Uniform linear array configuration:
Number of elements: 16
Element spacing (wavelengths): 0.75
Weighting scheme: binomial
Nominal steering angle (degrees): -15
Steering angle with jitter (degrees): -16.646
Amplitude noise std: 0.05
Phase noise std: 0.05

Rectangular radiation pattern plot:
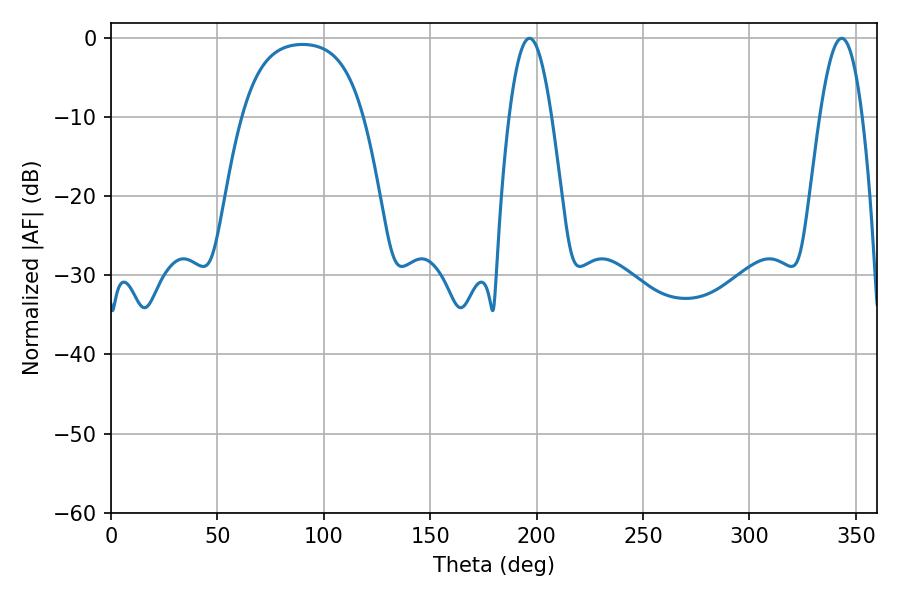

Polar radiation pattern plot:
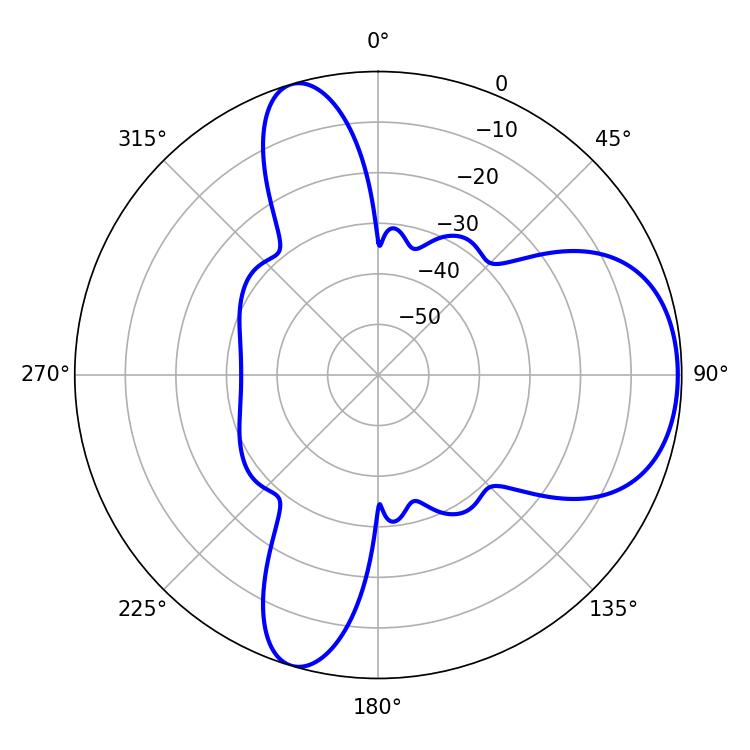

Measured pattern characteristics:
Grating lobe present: TRUE
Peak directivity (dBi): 6.683
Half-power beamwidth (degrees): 10.8
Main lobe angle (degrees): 196.56